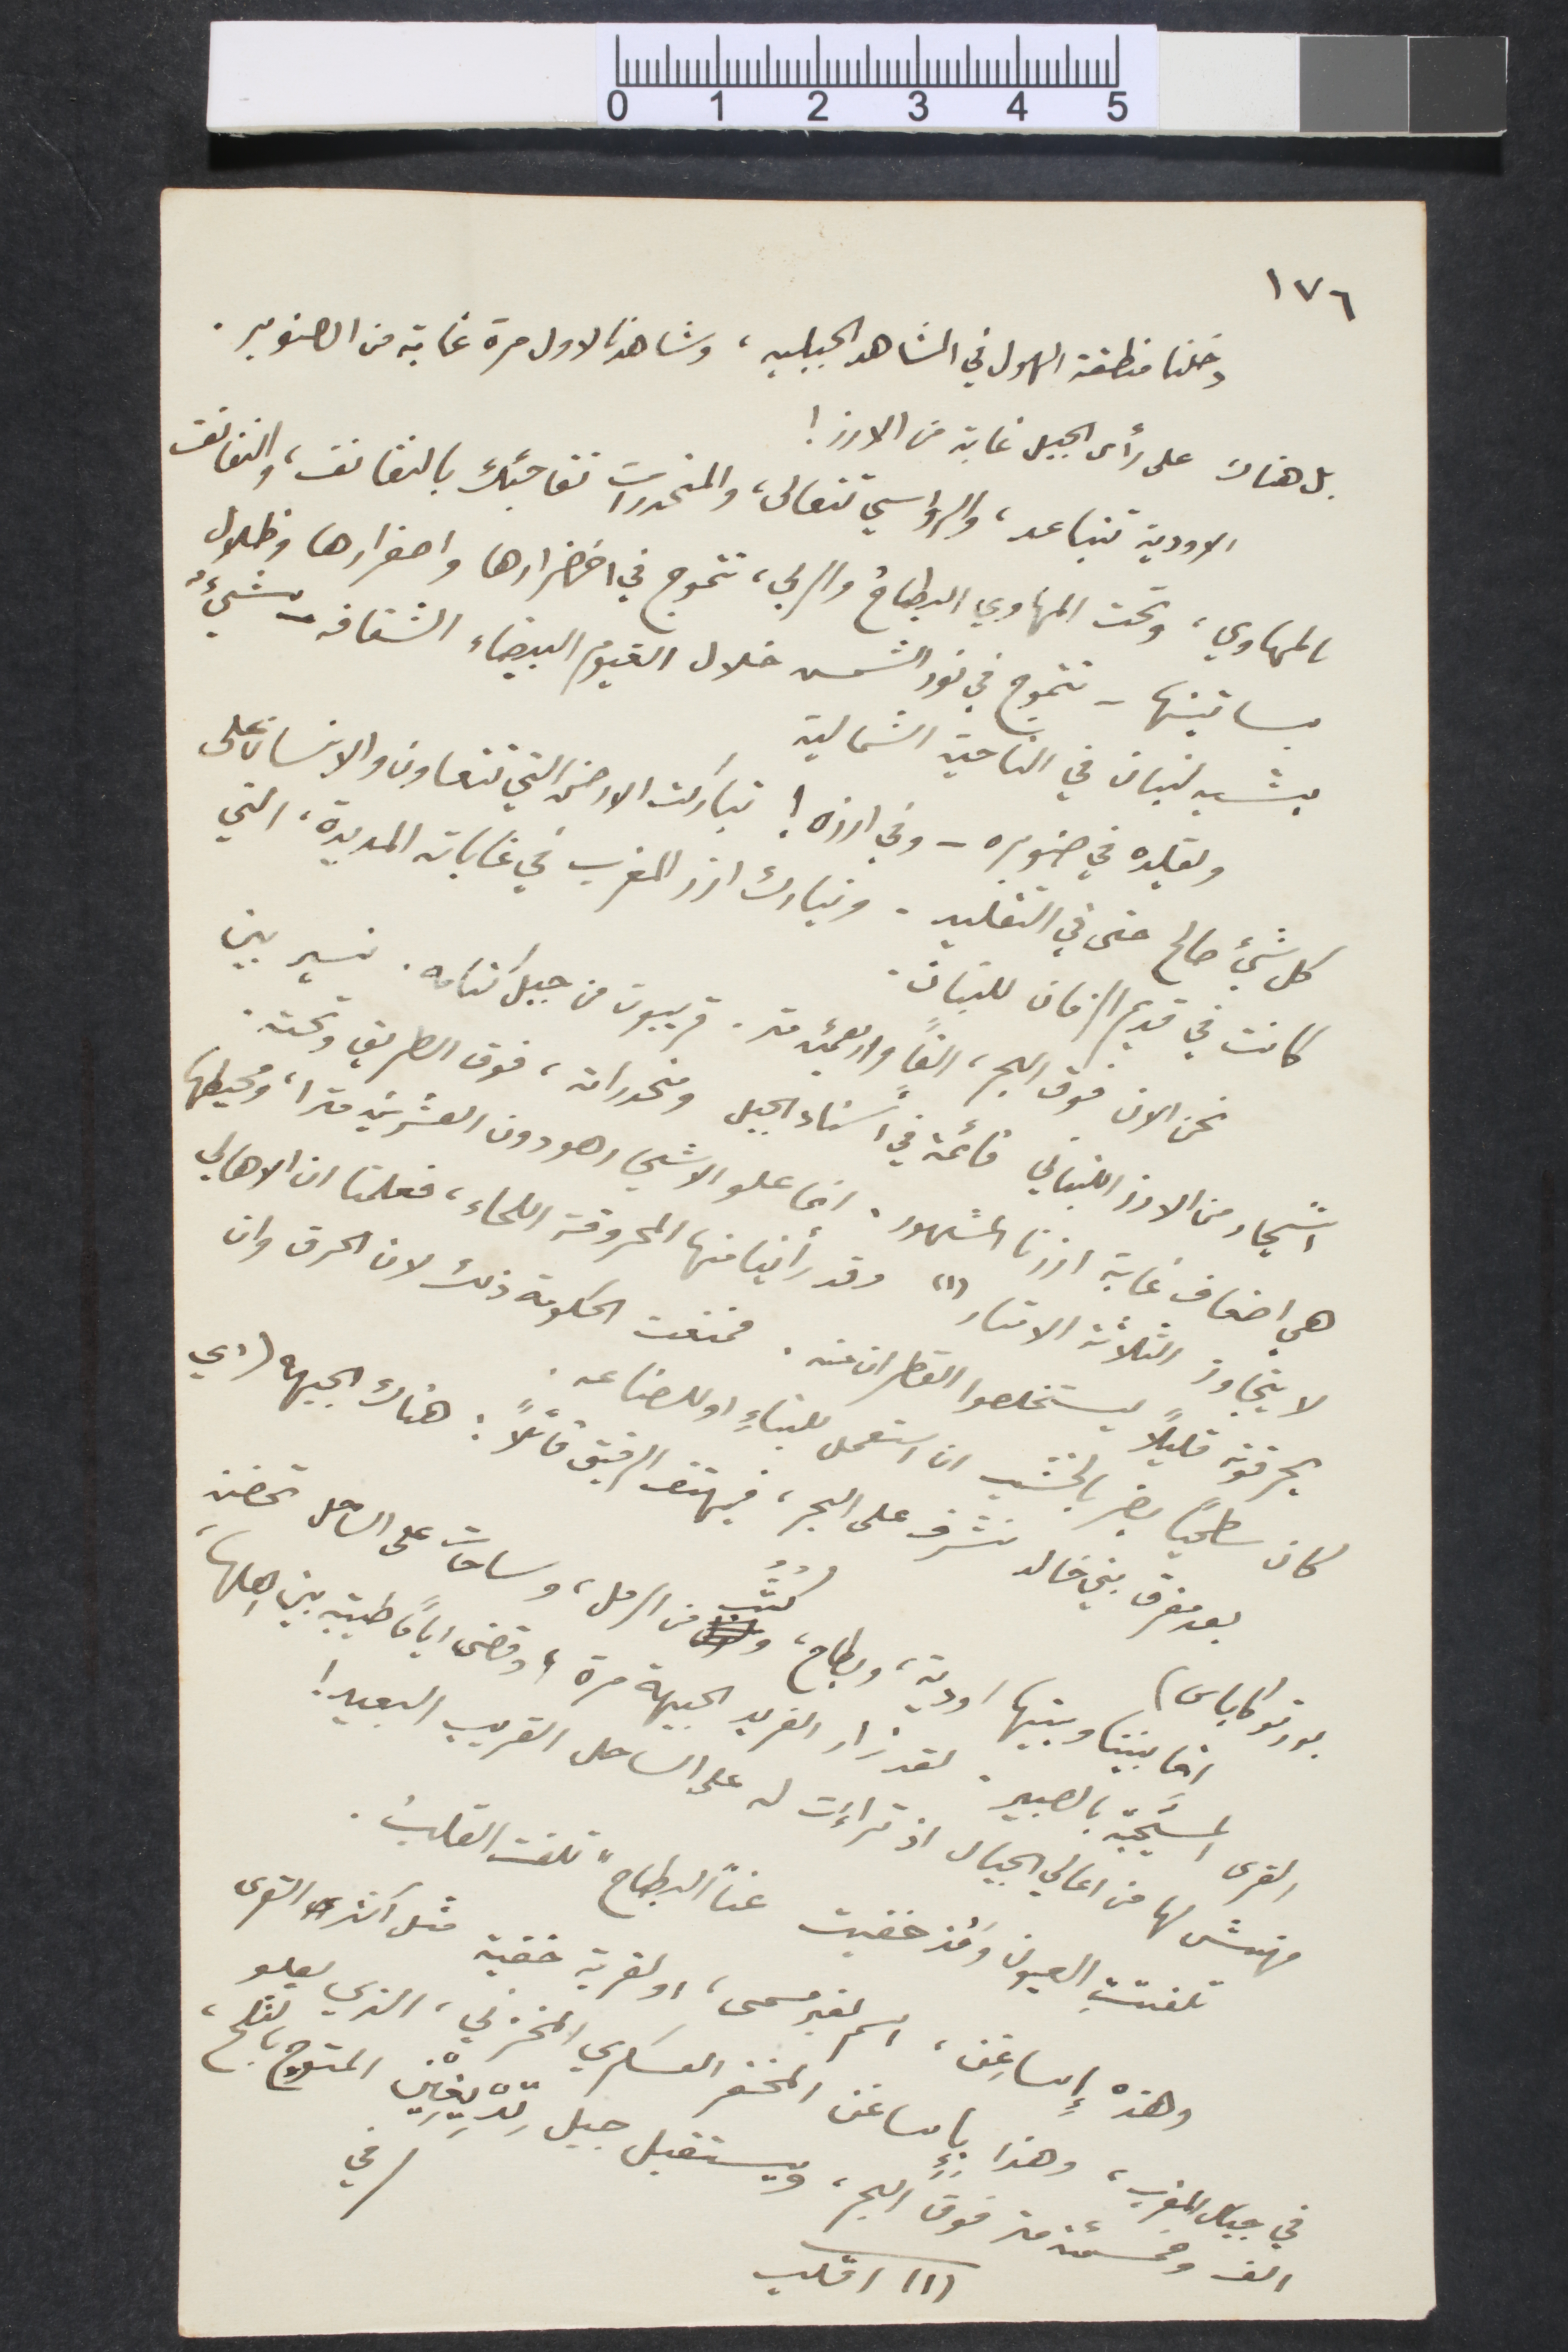
١٧٦
دخلنا منطقة الهول في الشاهد الجبلية، وشاهدنا لأول مرة غابة من الصنوبر.
بل هناك على رأس الجبل غابة من الأرز!
الأودية تتباعد، والرؤسي تتعالى، والمنحدرات تفاجئك بالنفائف، وانفانف
بالمهاوي، وتحت المهاوي البطاح والربى، تتموج في اخضرارها واصفرارها وظلال
بساتينها- تتموج في نور الشمس خلال الغيوم البيضاء الشفافة - شيء
يشبه لبنان في الناحية الشمالية
ويقلده في صنوبره - وفي ارزه ! تباركت الأرض التي تتعاون والانسان على
كل شيء صالح حتى في التقليد. وتبارك ارز المغرب في غاباته المديدة، التي
كانت في قديم الزمان للبنان.
نحن الان فوق البحر، الف اواربعنئة متر. قريبون من جبل كنامه، نسير بين
رشجار من الأرز اللبناني قائمة في اسناء الجبل ومنحدراته، فوق الطريق وتحته.
هي اضعاف غابة ارزنا المشهورة. انما علو الأشجار ههو دون العشرين مترًا، ومحيطها
لا يتجاوز الثلانة الأمتار (١) وقد رأينا منها المحروقة اللحاء، فعلمنا ان الأهالي
يحرقونه قليلًا ليستخلصوا القظران منه. فمنعت الحكومة ذلك لان الحرق وان
كان سطحيا بضر بالخشب ان استعمل للبناء او للصناعة
بعد مفرق بني خالد نشرف على البحر، فيهتف الرفيق قائلًا: هناك الجبهه (أي
بورتوكاباس)
انما بيننا وبينها اودية، وبطاح ، كثب من الرمل، وساحات على الساحل تحضنه
القرى المستجيبة بالصبير. لقد زار الفريد الجبهة مرة، وقضى أيامًا طيبة بين اهلاه
فمهنمش لها من أعالي الجبال اذ تراءت له على الساحل القريب البعيد!
تلتفت العيون ومذ خفيت عن البطاح، تلفت القلب.
وهذه واساغن، اسم لغير مسمى، او لقرية خفية مثل أكثر القرى
في جبال المغرب، وهذا بإساغن المخفر العسكري المخزني، الذي يعلو
(١) اقلب
انف وخمسمئة من فوق البحر، ويستقبل جبل تِدْيغِيْن المتوج بالثلج،